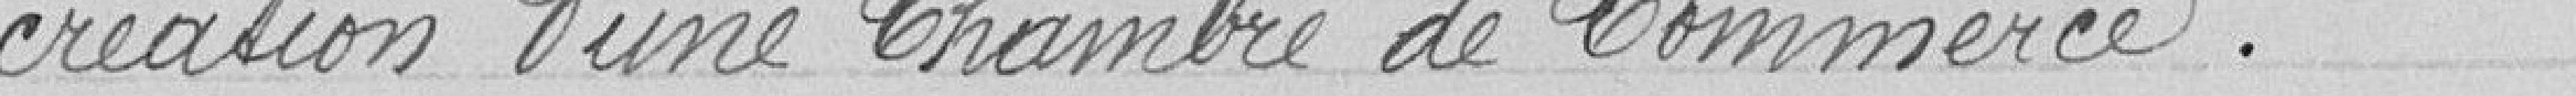
création d'une Chambre de Commerce.